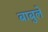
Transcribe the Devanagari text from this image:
बाबुले